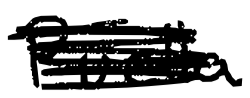
Text: Puella
Cross-out: scratch
Writing tool: digital_black